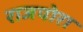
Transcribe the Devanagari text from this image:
राजपोरा